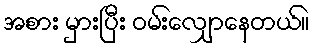
အစား မှားပြီး ဝမ်းလျှောနေတယ်။